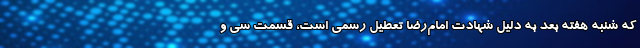
که شنبه هفته بعد به دلیل شهادت امام‌رضا تعطیل رسمی است، قسمت سی و